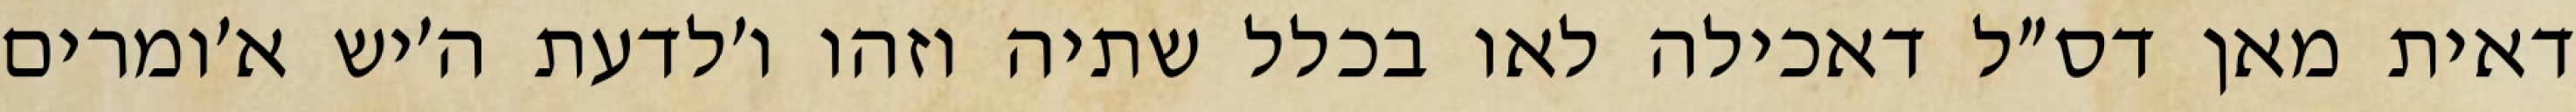
דאית מאן דס״ל דאכילה לאו בכלל שתיה וזהו ו׳לדעת ה׳יש א׳ומרים